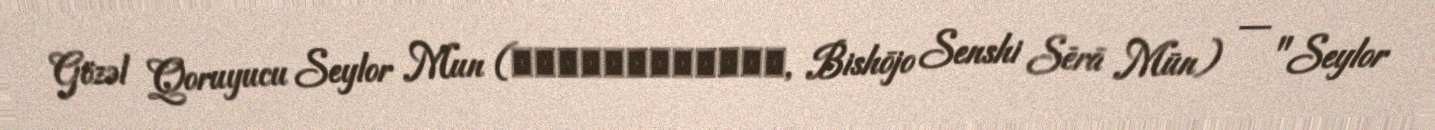
Gözəl Qoruyucu Seylor Mun (美少女戦士セーラームーン, Bishōjo Senshi Sērā Mūn) — "Seylor